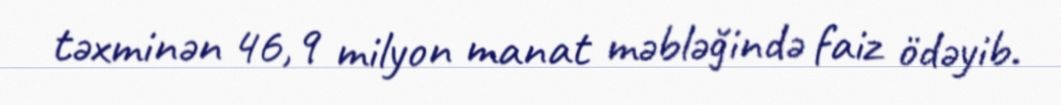
təxminən 46,9 milyon manat məbləğində faiz ödəyib.